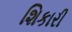
શિકારી